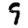
Digit: 9